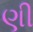
ણી